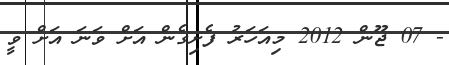
- 07 ޖޫން 2012 މިއަހަރު ފެށިގެން އަށް ވަނަ އަށް ވީ